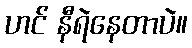
ဟင် နီရဲနေတာပဲ။